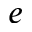
^ { e }